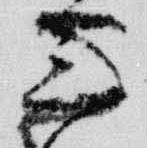
三